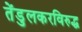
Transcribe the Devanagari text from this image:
तेंडुलकरविरुद्ध